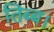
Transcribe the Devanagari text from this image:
तिब्ब।